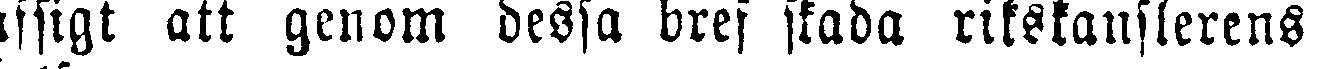
afsigt att genom dessa bref skada rikskanslerens